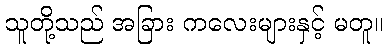
သူတို့သည် အခြား ကလေးများနှင့် မတူ။